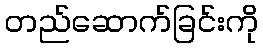
တည်ဆောက်ခြင်းကို